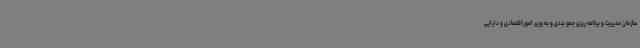
سازمان مدیریت و برنامه ریزی جمع بندی و به وزیر اموراقتصادی و دارایی